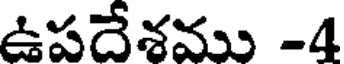
ఉపదేశము -4